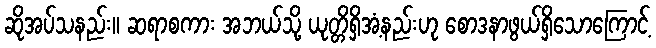
ဆိုအပ်သနည်း။ ဆရာစကား အဘယ်သို့ ယုတ္တိရှိအံ့နည်းဟု စောဒနာဖွယ်ရှိသောကြောင့်